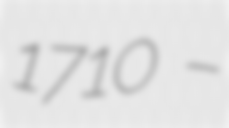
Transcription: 1710 –